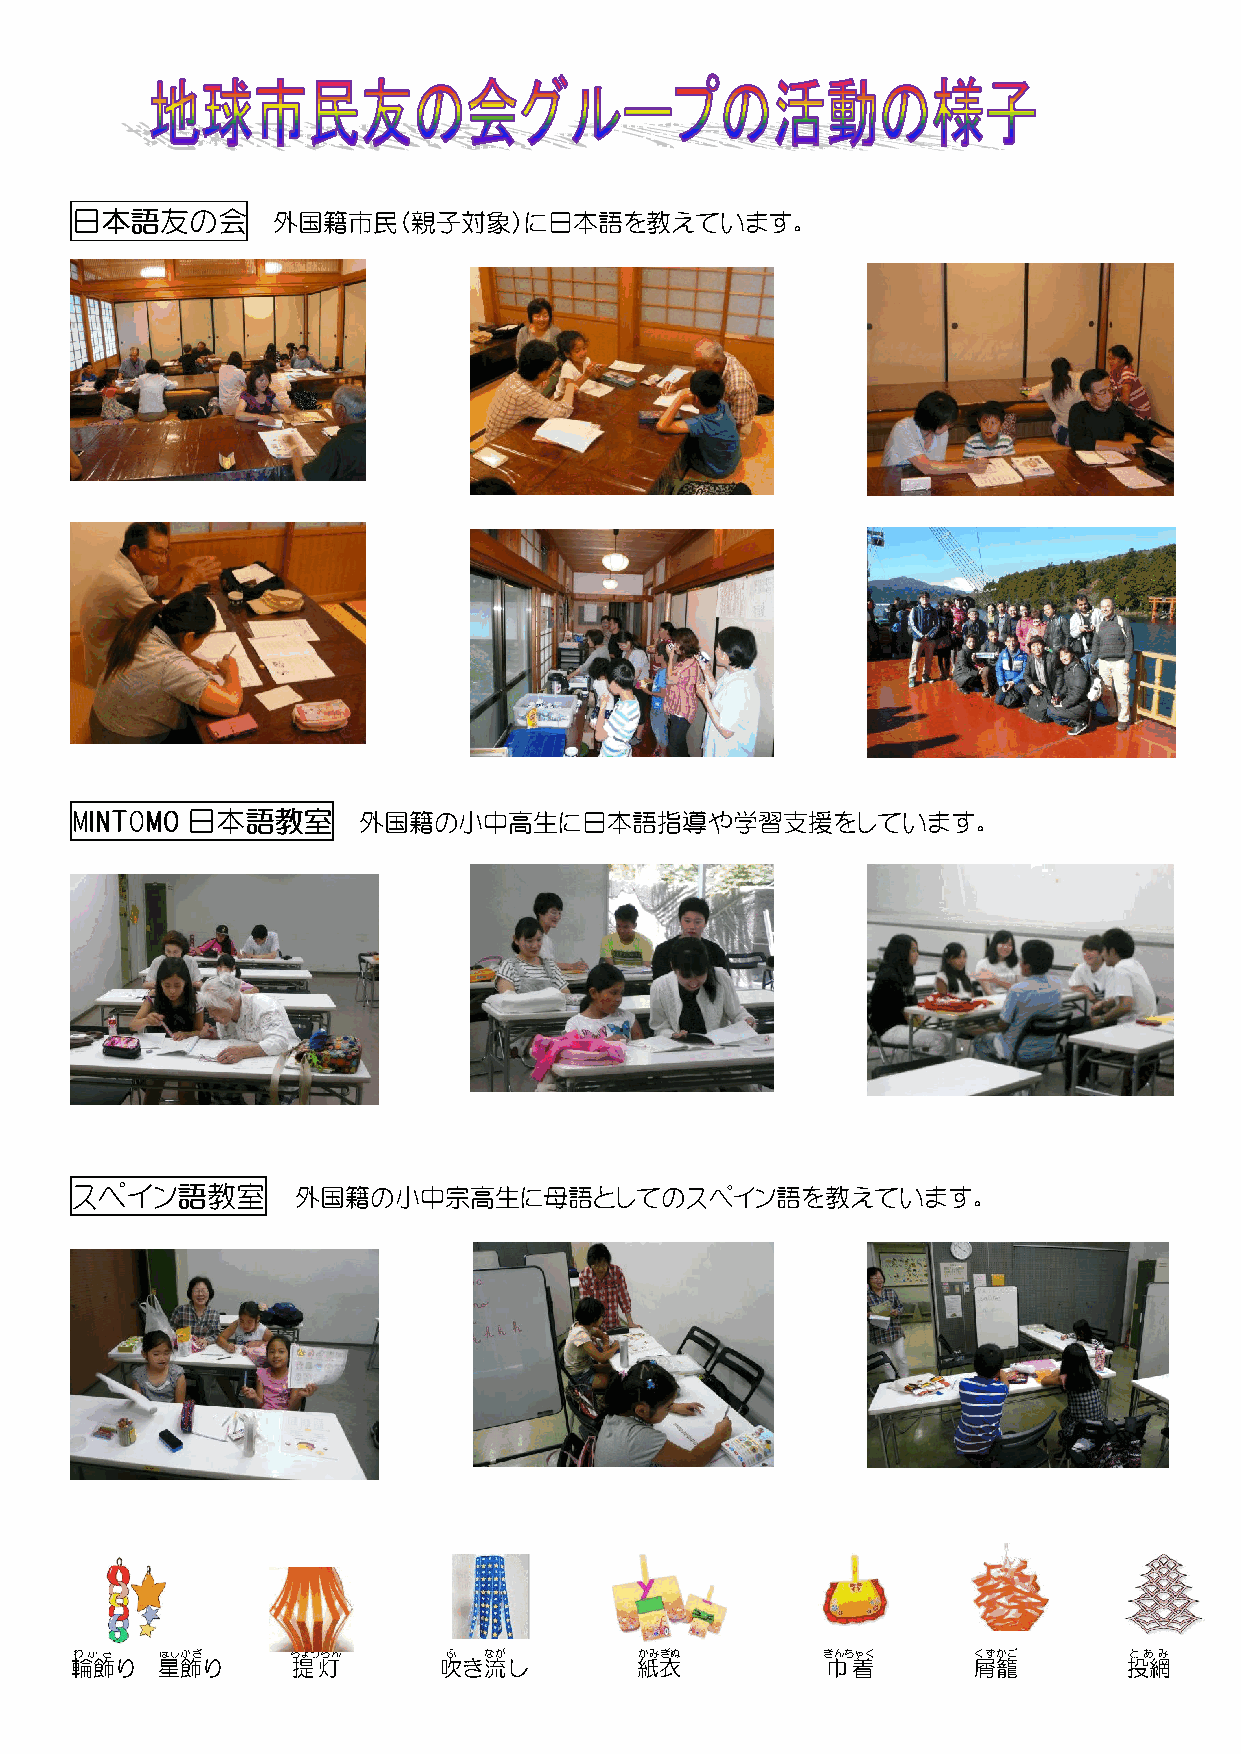
日日日日本本本本語語語語友友友友のののの会会会会 外国籍市民（親子対象）に日本語を教えています。
 MMMMIIIINNNNTTTTOOOOMMMMOOOO 日日日日本本本本語語語語教教教教室室室室 外国籍の小中高生に日本語指導や学習支援をしています。
 ススススペペペペイイイインンンン語語語語教教教教室室室室 外国籍の小中宗高生に母語としてのスペイン語を教えています。
 わかざ   ほしかざ    ちょうちん      ふ なが        かみぎぬ        きんちゃく     くずかご       とあみ
 輪飾り  星飾り      提灯        吹き流し         紙衣           巾着       屑籠         投網